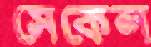
সেকেল